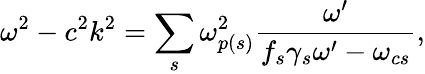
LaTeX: \omega^{2}-c^{2}k^{2}=\underset{s}{\sum}\omega_{p(s)}^{2}\frac{\omega^{\prime}}{f_{s}\gamma_{s}\omega^{\prime}-\omega_{cs}},